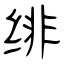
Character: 绯